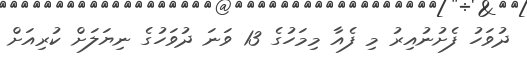
ދުވަހު ފެށުނުއިރު މި ފެއާ މިމަހުގެ 13 ވަނަ ދުވަހުގެ ނިޔަލަށް ކުރިއަށް